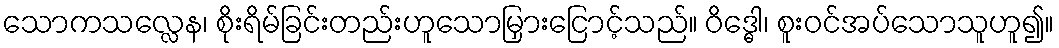
သောကသလ္လေန၊ စိုးရိမ်ခြင်းတည်းဟူသောမြှားငြောင့်သည်။ ဝိဒ္ဓေါ၊ စူးဝင်အပ်သောသူဟူ၍။